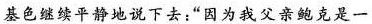
基色继续平静地说下去:“因为我父亲鲍克是一